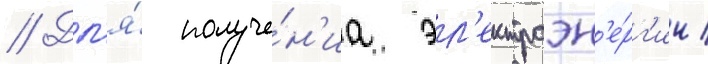
// Дл'я́ получе́н'иа эл'ектроэн'е́рг'ии